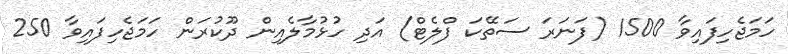
ހަމަޖެހިފައިވާ 1500 (ފަނަރަ ސަތޭކަ ފްލެޓް) އަދި ހުޅުމާލެއިން ދޫކުރަން ހަމަޖެހިފައިވާ 250